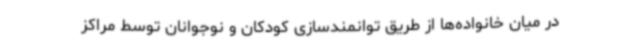
در میان خانواده‌ها از طریق توانمندسازی کودکان و نوجوانان توسط مراکز